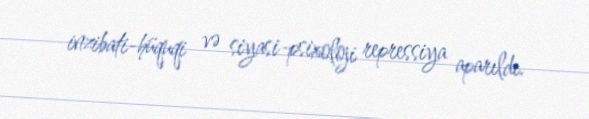
inzibati-hüquqi və siyasi-psixoloji repressiya aparıldı.